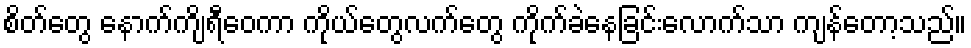
စိတ်တွေ နောက်ကျိရီဝေကာ ကိုယ်တွေလက်တွေ ကိုက်ခဲနေခြင်းလောက်သာ ကျန်တော့သည်။